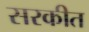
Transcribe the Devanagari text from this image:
सरकीत